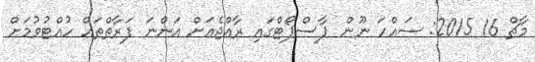
މާޗް 16 2015: ސައްހަ ނޫން ޕާސްޕޯޓްގައި ރާއްޖެއަށް އަންނަ ފަރާތްތައް ހުއްޓުވުމަށް